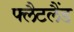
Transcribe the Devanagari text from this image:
फ्लैटलैंड